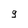
Character: 9